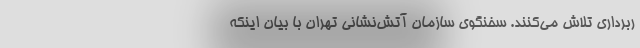
ربرداری تلاش می‌کنند. سخنگوی سازمان آتش‌نشانی تهران با بیان اینکه